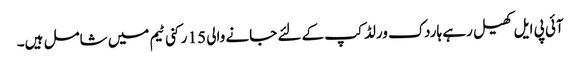
آئی پی ایل کھیل رہے ہاردک ورلڈ کپ کے لئے جانے والی 15 رکنی ٹیم میں شامل ہیں۔